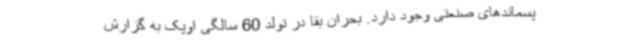
پسماندهای صنعتی وجود دارد. بحران بقا در تولد 60 سالگی اوپک به گزارش